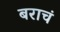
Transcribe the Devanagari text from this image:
बराचं